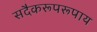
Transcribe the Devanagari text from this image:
सदैकरूपरूपाय